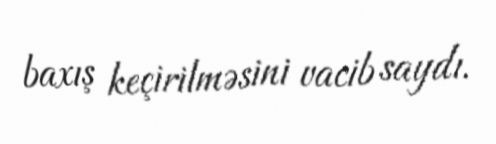
baxış keçirilməsini vacib saydı.